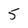
Character: 5